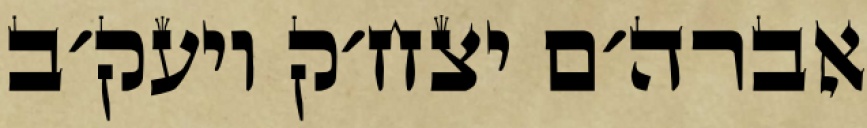
אברה׳ם יצח׳ק ויעק׳ב